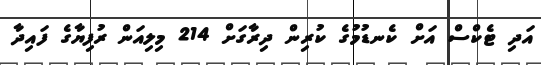
އަދި ޓެކްސް އަށް ކެނޑުމުގެ ކުރިން ދިރާގަށް 214 މިލިއަން ރުފިޔާގެ ފައިދާ